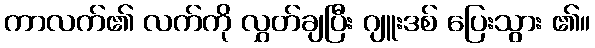
ကာလက်၏ လက်ကို လွှတ်ချပြီး ဂျူးဒစ် ပြေးသွား ၏။